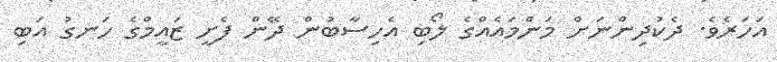
އަހަރެވެ. ދެކުދިންނަށް މަންމައެއްގެ ލޯބި އެހިސާބުން ދޭން ފެށީ ޒައީމްގެ ހަނގު އަބި